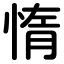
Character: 惰